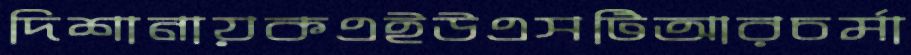
দিশানায়কএইউএসটিআরচর্মা